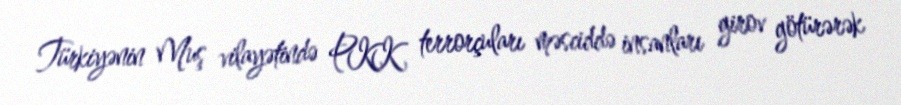
Türkiyənin Muş vilayətində PKK terrorçuları məsciddə insanları girov götürərək